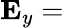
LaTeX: {\mathbf{E}}_{y}=